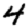
Digit: 4